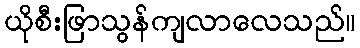
ယိုစီးဖြာသွန်ကျလာလေသည်။